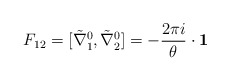
\begin{align*}F_{12} = [\tilde \nabla_{1}^{0}, \tilde \nabla_{2}^{0}] = -\frac{2\pi i }{\theta}\cdot {\bf 1}\end{align*}